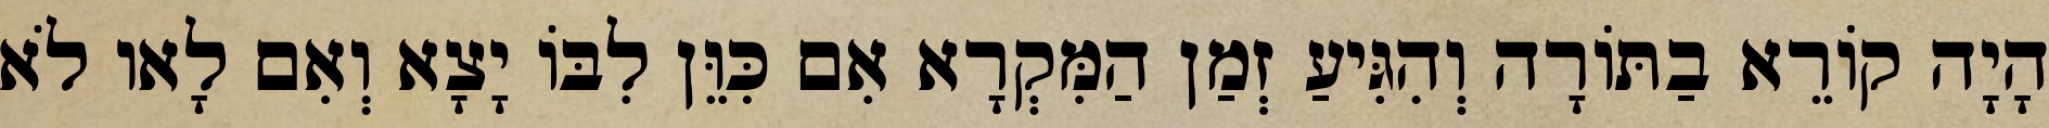
הָיָה קוֹרֵא בַתּוֹרָה וְהִגִּיעַ זְמַן הַמִּקְרָא אִם כִּוֵּן לִבּוֹ יָצָא וְאִם לָאו לֹא